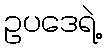
ဥပဒေရဲ့